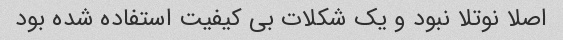
اصلا نوتلا نبود و یک شکلات بی کیفیت استفاده شده بود